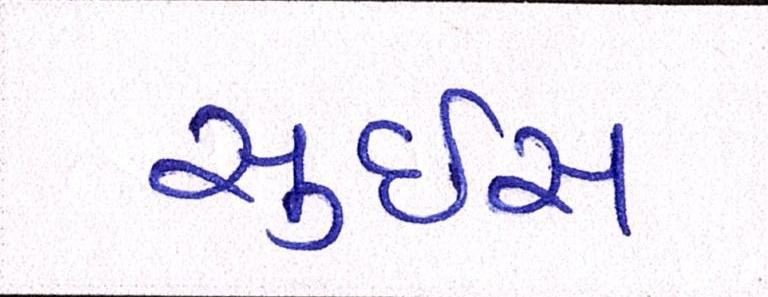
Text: સુઇસ